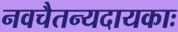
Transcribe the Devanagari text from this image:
नवचैतन्यदायकाः